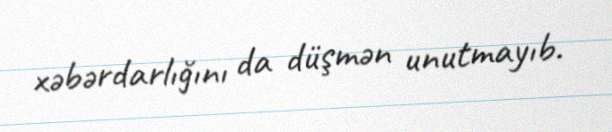
xəbərdarlığını da düşmən unutmayıb.